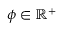
\phi \in \mathbb { R } ^ { + }